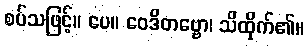
စပ်သဖြင့်။ ပေ။ ဝေဒိတဗ္ဗော၊ သိထိုက်၏။